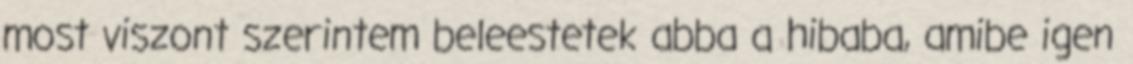
most viszont szerintem beleestetek abba a hibaba, amibe igen